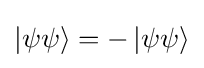
\left|\psi \psi \right\rangle =-\left|\psi \psi \right\rangle